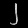
Digit: ၂